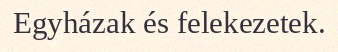
Egyházak és felekezetek.